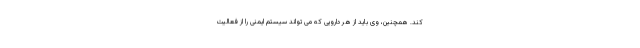
کند. همچنین، وی باید از هر دارویی که می تواند سیستم ایمنی را از فعالیت